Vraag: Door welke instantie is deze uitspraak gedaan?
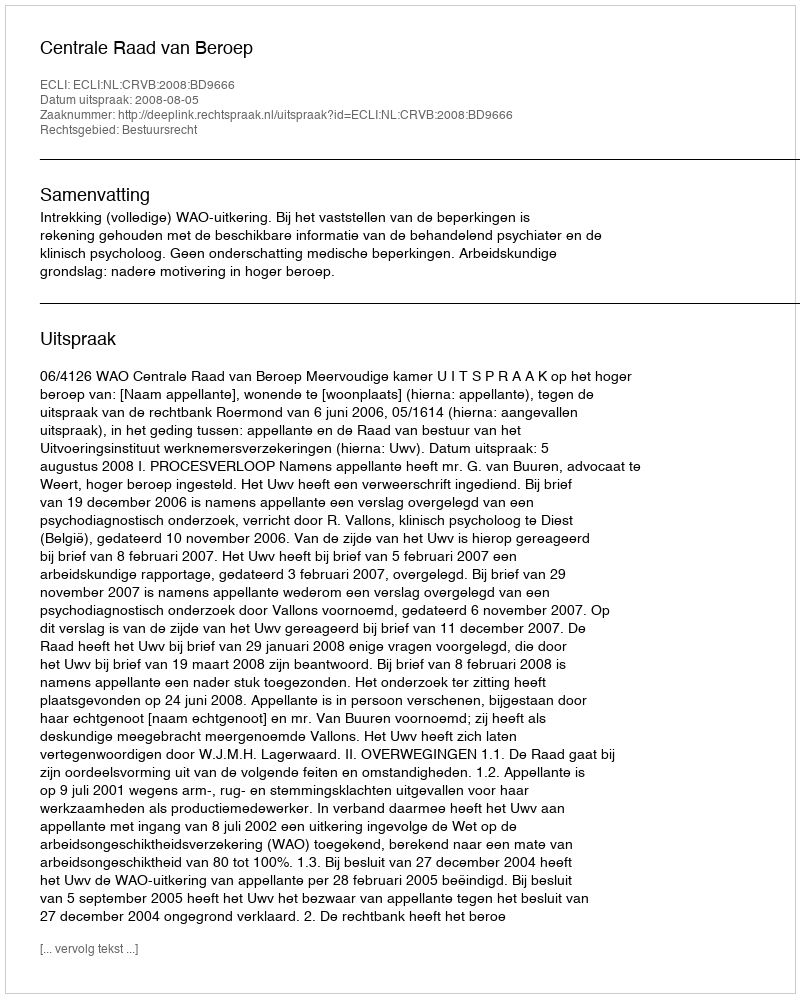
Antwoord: Centrale Raad van Beroep